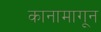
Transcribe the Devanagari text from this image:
कानामागून